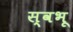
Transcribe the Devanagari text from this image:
स्वभू